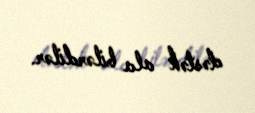
dəstək ala bilərdilər.